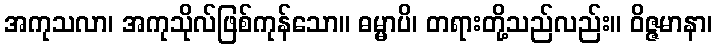
အကုသလာ၊ အကုသိုလ်ဖြစ်ကုန်သော။ ဓမ္မာပိ၊ တရားတို့သည်လည်း။ ဝိဇ္ဇမာနာ၊